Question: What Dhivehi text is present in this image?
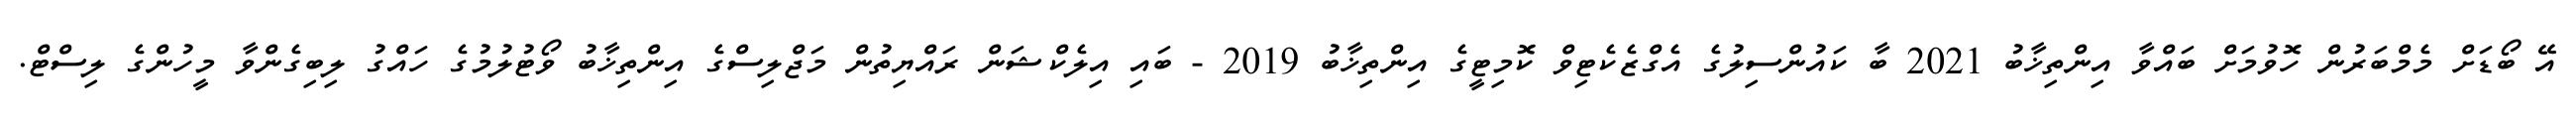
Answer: އޭ ބޯޑަށް މެމްބަރުން ހޮވުމަށް ބައްވާ އިންތިޚާބު 2021 ބާ ކައުންސިލުގެ އެގްޒެކެޓިވް ކޮމިޓީގެ އިންތިޚާބު 2019 - ބައި އިލެކްޝަން ރައްޔިތުން މަޖްލިސްގެ އިންތިޚާބު ވޯޓުލުމުގެ ހައްގު ލިބިގެންވާ މީހުންގެ ލިސްޓް.